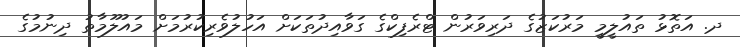
ދ. އަތޮޅު ތައުލީމީ މަރުކަޒުގެ ދަރިވަރުން ޓްރެފިކްގެ ގަވާއިދުތަކަށް އަހުލުވެރިކުރުމަށް މައުލޫމާތު ދިނުމުގެ